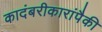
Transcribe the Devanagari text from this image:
कादंबरीकारांपैकी